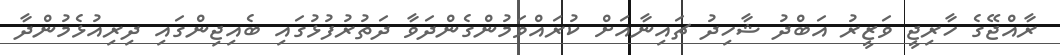
ރާއްޖޭގެ ހާރިޖީ ވަޒީރު އަބްދު ޝާހިދު ޗައިނާއަށް ކުރައްވަމުންގެންދަވާ ދަތުރުފުޅުގައި ބެއިޖިންގައި ދިރިއުޅެމުންދާ